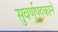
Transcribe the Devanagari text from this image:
सुवर्णुपदकाने